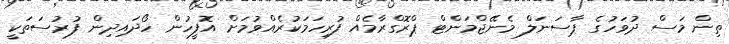
ތިން މަސް ދުވަހުގެ ޕާސަނަލް މެނޭޖްމަންޓް ޕްރޮގްރާމެއް ފުރިހަމަކުރެއްވުމަށް އޮފީހުން ހޯދައިދިން ފުރުސަތަކީ